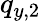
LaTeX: q_{y,2}